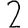
Digit: 2